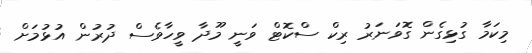
މިކަމާ ގުޅިގެން ގޮވަނަރު ރިކް ސްކޮޓް ވަނީ މޫދާ ވީހާވެސް ދުރުން އުޅުމަށް